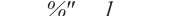
٢٥٣